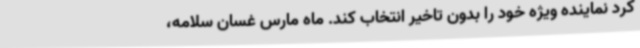
کرد نماینده ویژه خود را بدون تاخیر انتخاب کند. ماه مارس غسان سلامه،